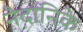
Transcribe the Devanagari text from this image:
नैदानिके